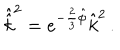
LaTeX: \hat { \hat { k } } ^ { 2 } = e ^ { - \frac { 2 } { 3 } \hat { \phi } } \hat { k } ^ { 2 } \, .